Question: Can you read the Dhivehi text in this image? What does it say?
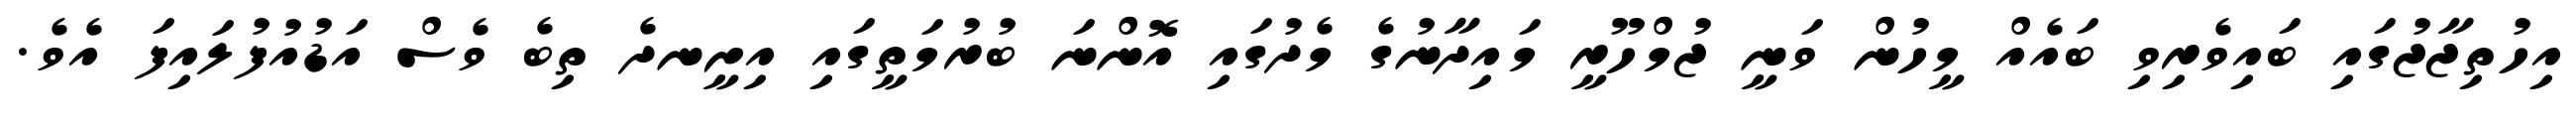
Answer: އިހުތިޖާޖުގައި ބައިވެރިވި ބައެއް މީހުން ވަނީ ޖުމްހޫރީ މައިދާނުގެ މެދުގައި އޮންނަ ބުރުމަތީގައި އިށީނދެ ތިބެ ވެސް އަޑުއުފުލައިފަ އެވެ.